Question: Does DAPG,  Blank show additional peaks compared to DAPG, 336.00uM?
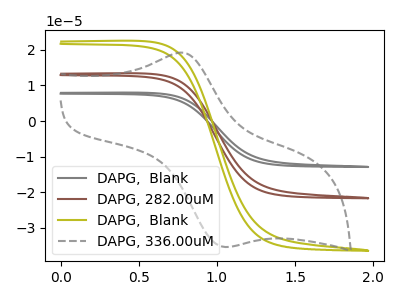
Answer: <think>The gray curve "DAPG,  Blank" has no peaks. The brown curve "DAPG, 282.00uM" has no peaks. The olive curve "DAPG,  Blank" has no peaks. The gray dashed curve "DAPG, 336.00uM" has an anodic peak at (0.80V, 19.10uA) and a cathodic peak at (1.10V, -35.35uA).
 "DAPG,  Blank" and "DAPG, 336.00uM" have a different number of peaks.</think>
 <answer>Yes, "DAPG,  Blank" and "DAPG, 336.00uM" are different in shape.</answer>
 <eval>yes_change</eval>